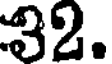
32.